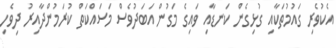
އެކުވެރި ގައުމުތަކާއި ގުޅިގެން ކަނޑާއި ވައިގެ މަގުން އަބަދުވެސް މަސައްކަތް ކުރަމުންދާއިރު ދިވެހި